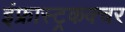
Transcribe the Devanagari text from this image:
इंफ्रास्ट्रकक्चर